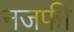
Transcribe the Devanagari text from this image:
नजफी